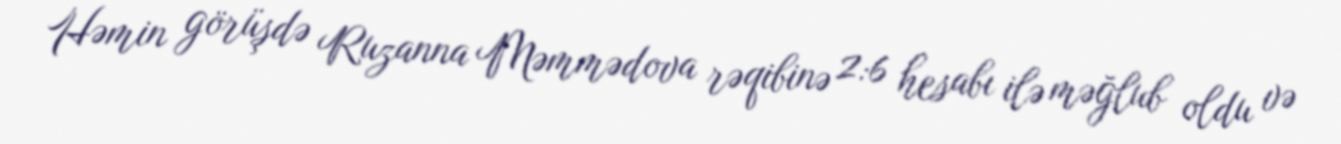
Həmin görüşdə Ruzanna Məmmədova rəqibinə 2:6 hesabı ilə məğlub oldu və